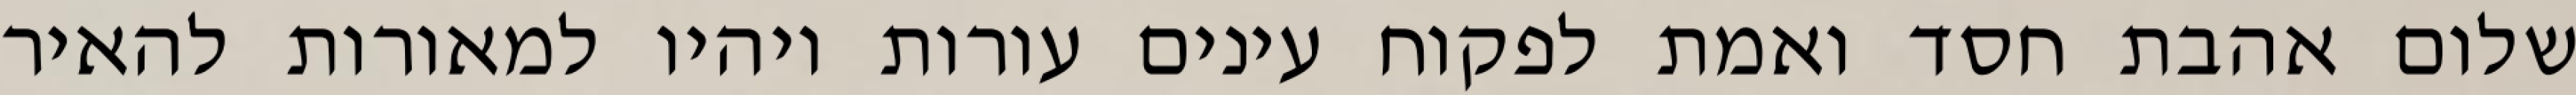
שלום אהבת חסד ואמת לפקוח עינים עורות ויהיו למאורות להאיר